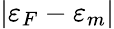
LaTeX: |\varepsilon_{F}-\varepsilon_{m}|